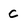
Character: c